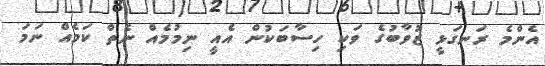
އެންމެ ރަނގަޅީ ޒުވާބުގެ ވަކި ހިސާބަކުން އެއީ ނިމުމެއް ނެތް ކަމެއް ނަމަ